Report on the working of the mental hospitals for Indians in Bihar and Orissa - 1925-1929
Year: 1925
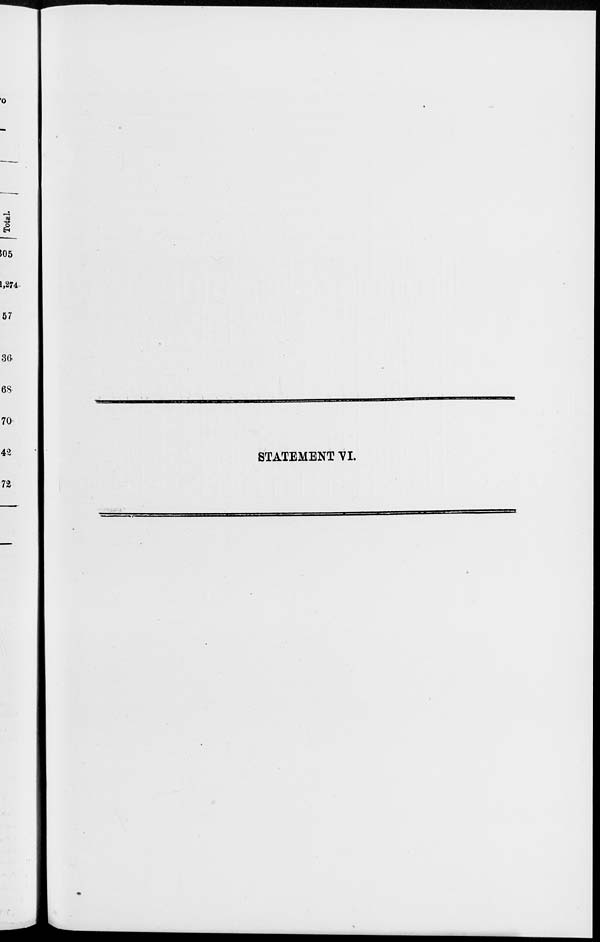
STATEMENT VI.